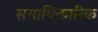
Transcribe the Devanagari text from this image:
समाधिकारिक